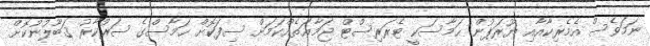
ނަމަވެސް އެމެރިކާއާއި ޔޫރަޕުން ޙަމާސަކީ ޓެރަރިސްޓް ޖަމާޢަތެއްކަމަށް ސިފަކޮށް ޙަމާސްގެ ސަރުކާރު ޤަބޫލުނުކޮށް